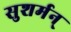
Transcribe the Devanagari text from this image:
सुशर्मन्